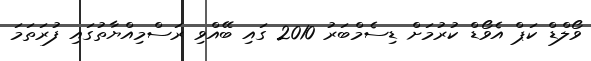
ވޯލްޑް ކަޕް އެވޯޑް ކުރުމަށް ޑިސެމްބަރު 2010 ގައި ބޭއްވި ރަސްމިއްޔާތުގައި ފުރަތަމަ